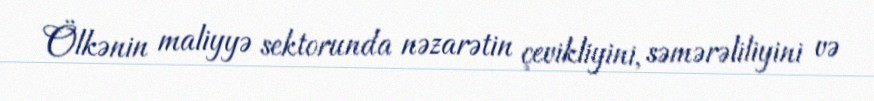
Ölkənin maliyyə sektorunda nəzarətin çevikliyini, səmərəliliyini və